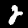
Digit: 2